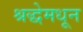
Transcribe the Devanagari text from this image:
श्रद्धेमधून